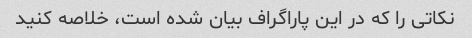
نکاتی را که در این پاراگراف بیان شده است، خلاصه کنید